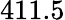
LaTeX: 411.5